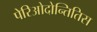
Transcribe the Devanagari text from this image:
पेरिओदोन्तितिस